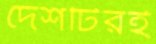
দেশটিরই